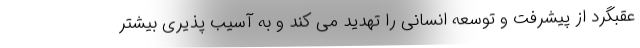
عقبگرد از پیشرفت و توسعه انسانی را تهدید می کند و به آسیب پذیری بیشتر